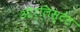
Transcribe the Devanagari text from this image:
ऑर्लिस्टेट